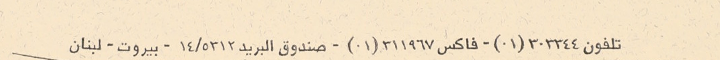
تلفون ٣٠٣٣٤٤(٠١) - فاكس ٣١١٩٦٧(٠١) - صندوق البريد ٥٣١٢/١٤ - بيروت - لبنان